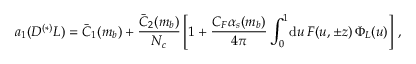
a _ { 1 } ( D ^ { ( * ) } L ) = \bar { C } _ { 1 } ( m _ { b } ) + \frac { \bar { C } _ { 2 } ( m _ { b } ) } { N _ { c } } \left[ 1 + \frac { C _ { F } \alpha _ { s } ( m _ { b } ) } { 4 \pi } \int _ { 0 } ^ { 1 } \! \mathrm { d } u \, F ( u , \pm z ) \, \Phi _ { L } ( u ) \right] \, ,